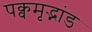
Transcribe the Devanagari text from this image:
पक्वमृद्भांड